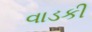
વાડકી